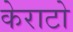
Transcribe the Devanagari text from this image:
केराटो